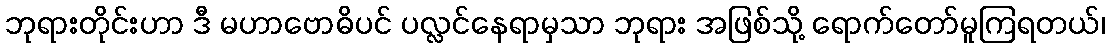
ဘုရားတိုင်းဟာ ဒီ မဟာဗောဓိပင် ပလ္လင်နေရာမှသာ ဘုရား အဖြစ်သို့ ရောက်တော်မူကြရတယ်၊